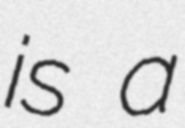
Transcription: is a